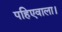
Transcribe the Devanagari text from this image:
पहिएवाला।